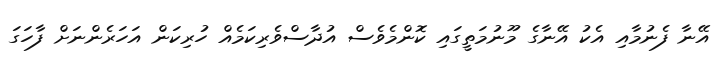
އޭނާ ފެނުމާއި އެކު އޭނާގެ މޫނުމަތީގައި ކޮންމެވެސް އުދާސްވެރިކަމެއް ހުރިކަން އަހަރެންނަށް ފާހަގަ